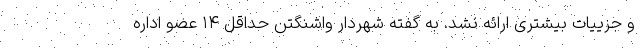
و جزییات بیشتری ارائه نشد. به گفته شهردار واشنگتن حداقل ۱۴ عضو اداره